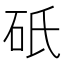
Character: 𬒀